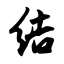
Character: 结